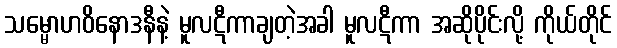
သမ္မောဟဝိနောဒနီနဲ့ မူလဋီကာချတဲ့အခါ မူလဋီကာ အဆိုပိုင်းလို့ ကိုယ်တိုင်